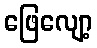
ဖြေလျော့